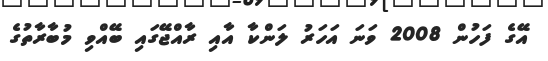
އޭގެ ފަހުން 2008 ވަނަ އަހަރު ލަންކާ އާއި ރާއްޖޭގައި ބޭއްވި މުބާރާތުގެ